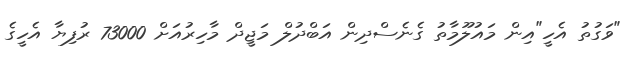
"ވަގުތު އެހީ"އިން މައުލޫމާތު ގެނެސްދިން އަބްދުލް މަޖީދް މާހިރުއަށް 73000 ރުފިޔާ އެހީގެ